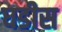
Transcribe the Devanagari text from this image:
घडीस